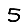
Digit: 5